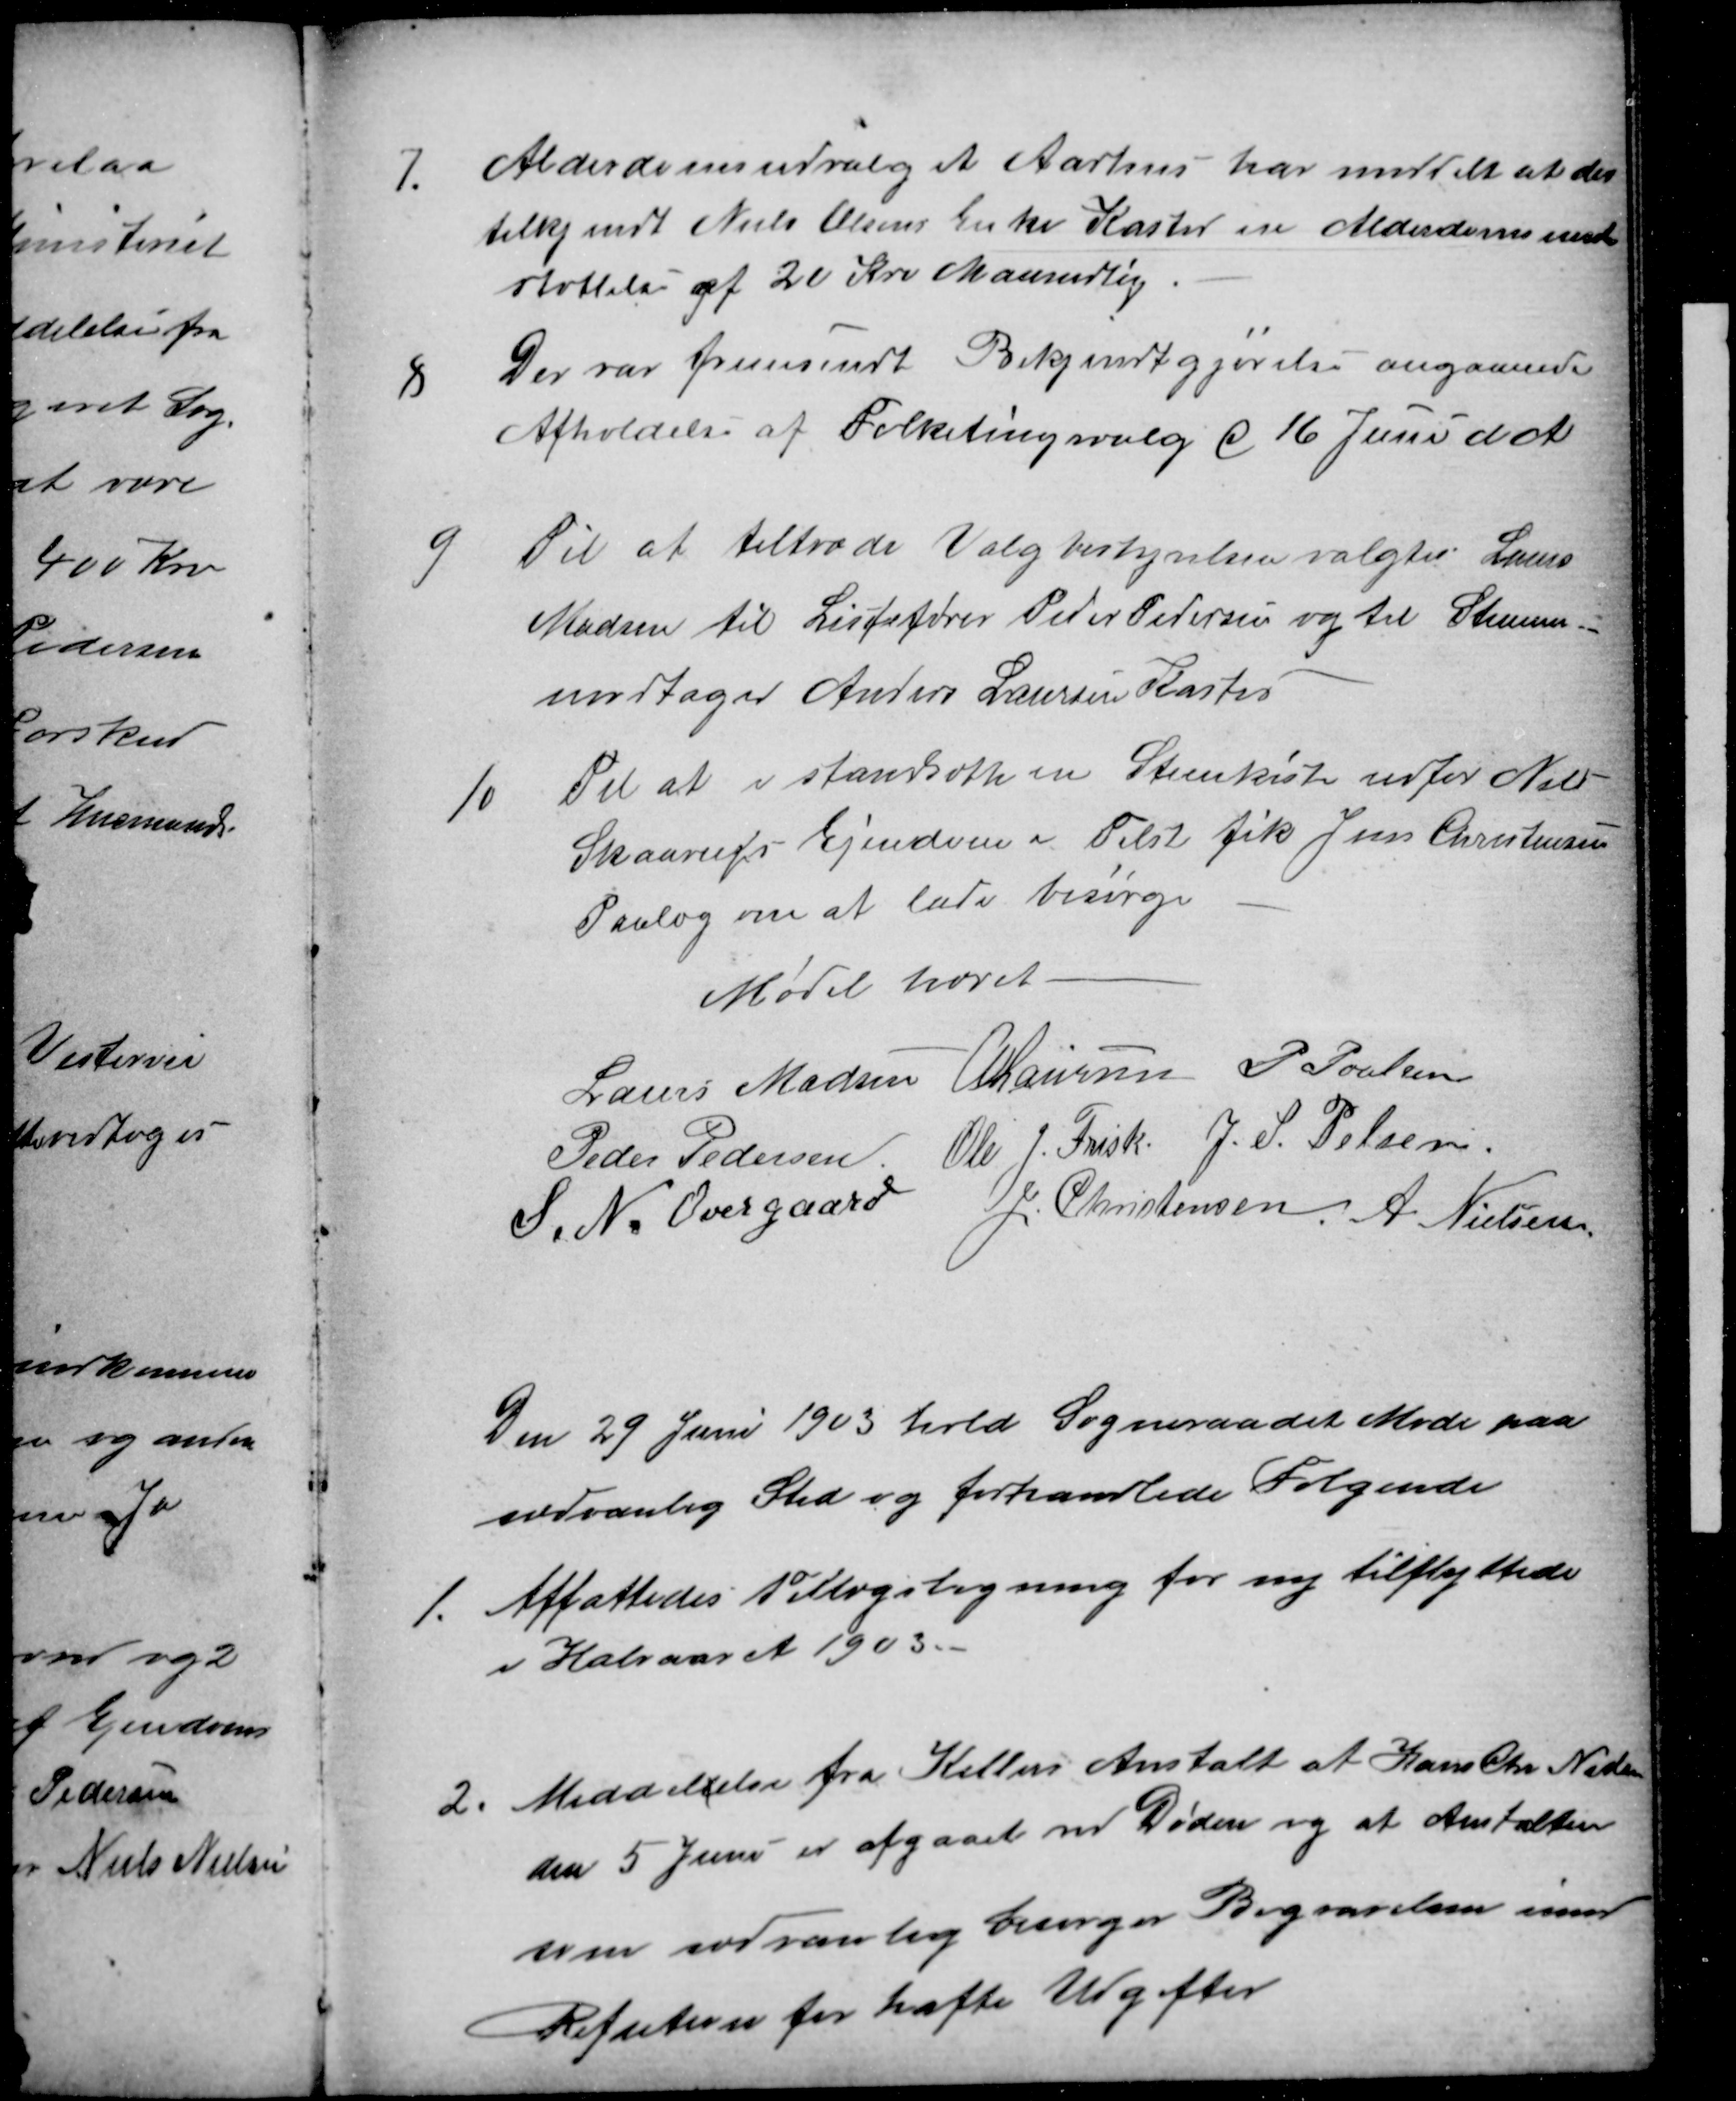
Transskription:
7
Alderdomsudvalget Aarhus har meddelt at det
tilkjendt Niels Olsens Enke Kasted en Alderdomsunder
støttelse af 20 Kro Maanedlig
8
Der var fremsendt Bekjendtgjørelse angaaende
Afholdelse af Folketingsvalg d 16 Juni d A
9
Til at tiltræde Valgbestyrelsen valgtes Laurs
Madsen til Listefører Peder Pedersen og til Stemme-
modtager Anders Laursen Kasted
10
Til at istandsætte en Steenkiste udfor Niels
Skaarups Ejendom i Tilst fik Jens Christensen
Paalæg om at lade besørge
Mødet hævet
Lauers Madsen
A Laursen
P Poulsen
Peder Pedersen
Ole J. Frisk
J. S. Pelsen
S. N. Overgaard
J. Christensen A Nielsen
Den 29 Juni 1903 hold Sogneraadet Møde paa
sædvanlig Sted og forhandlede Følgende
1
Affattedes Tillægsligning for ny tilflyttede
i Halvaaret 1903.
2
Meddelelse fra Kellers Anstalt at Hans Chr Nielsen
den 5 Juni er afgaaet ved Døden og at Anstalten
som sædvanlig besørger Begravelsen imod
Refution for hafte Udgifter